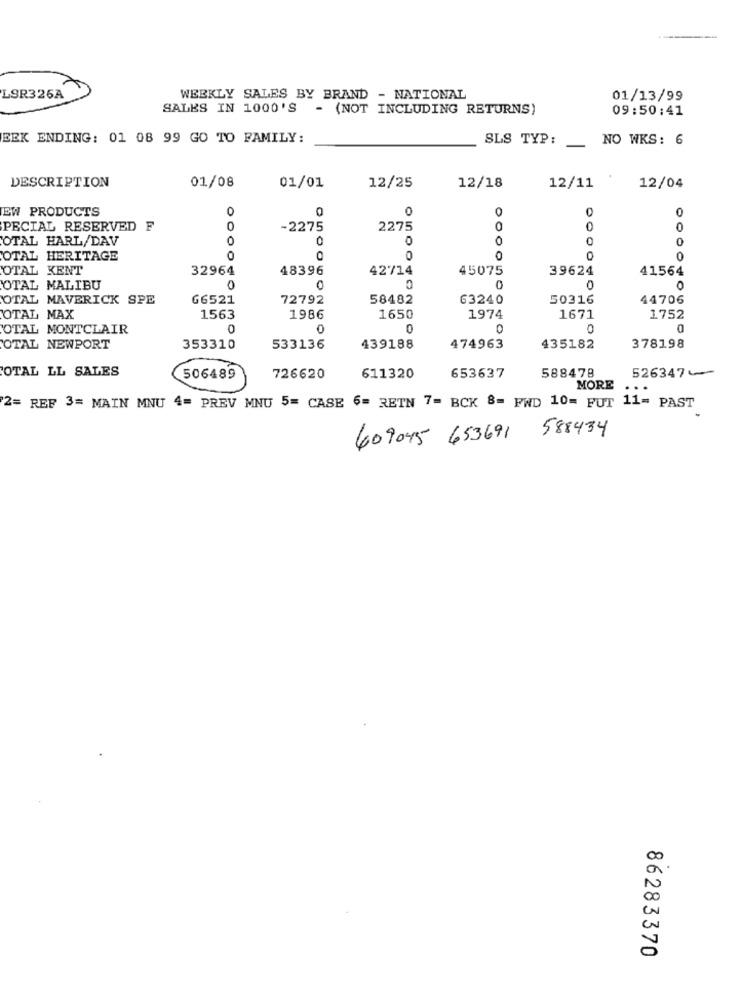
LSR326A
WEEKLY SALES BY BRAND - NATIONAL
01/13/99
SALES IN 1000'S - (NOT INCLUDING RETURNS)
09:50:41
EEK ENDING: 01 08 99 GO TO FAMILY:
SLS TYP:
NO WKS: 6
DESCRIPTION
01/08
01/01
12/25
12/18
12/11
12/04
EW PRODUCTS
O
0
0
0
0
PECIAL RESERVED F
-2275
2275
0
0
OTAL HARL/DAV
0
0
0
OTAL HERITAGE
O
0
0
0
0
OTAL KENT
32964
48396
42714
45075
39624
41564
OTAL MALIBU
0
0
0
0
0
OTAL MAVERICK SPE
66521
72792
58482
63240
50316
44706
OTAL MAX
1563
1986
1650
1974
1671
1752
OTAL MONTCLAIR
0
0
0
OTAL NEWPORT
353310
533136
439188
474963
435182
378198
OTAL LL SALES
526347-
506489
726620
611320
653637
588478
MORE
...
2= REF 3= MAIN MNU 4= PREV MNU 5= CASE 6= RETN 7= BCK 8= FWD 10= FUT 11= PAST
609045 653691 588434
N
00
86283370